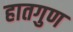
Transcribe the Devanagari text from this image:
हातगुण